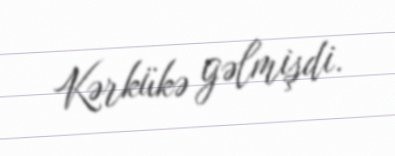
Kərkükə gəlmişdi.